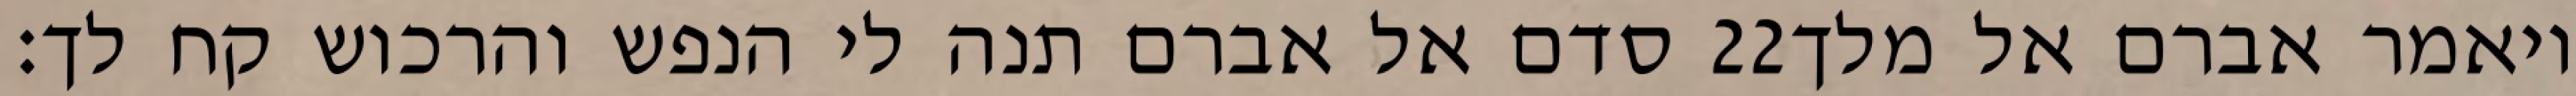
סדם אל אברם תנה לי הנפש והרכוש קח לך׃ ‎22‏ ויאמר אברם אל מלך